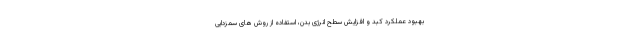
بهبود عملکرد کبد و افزایش سطح انرژی بدن، استفاده از روش های سمزدایی